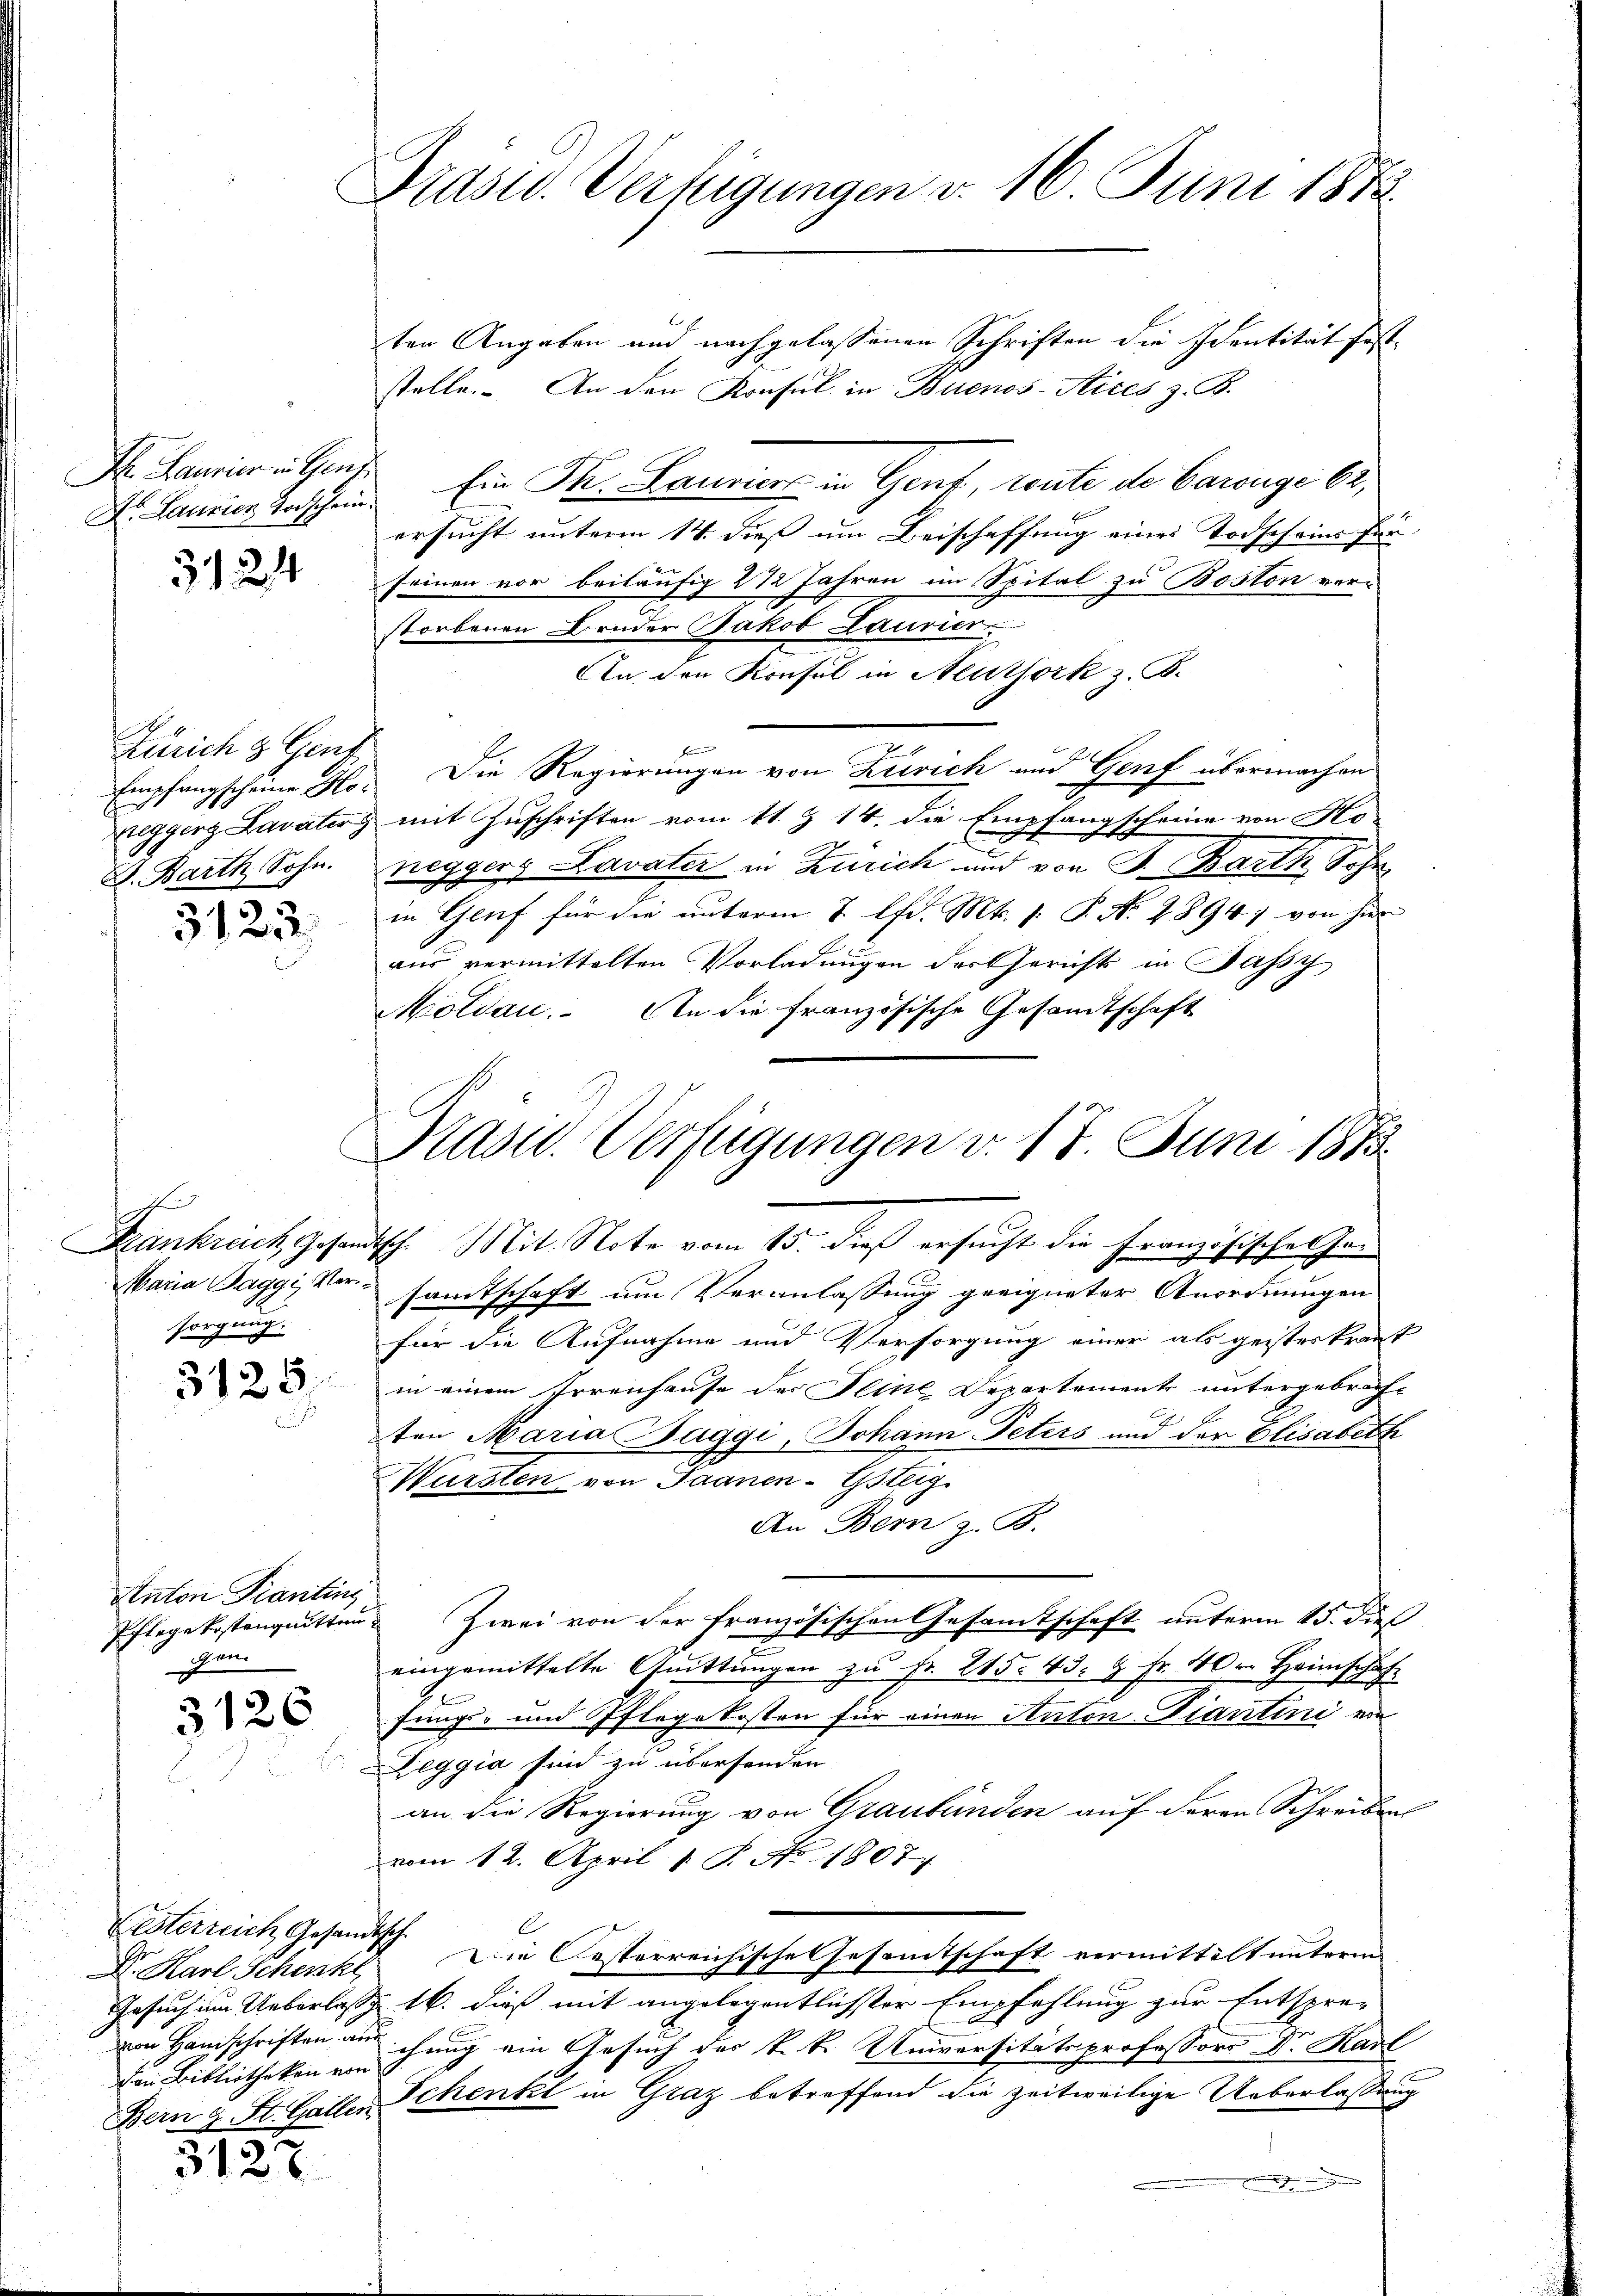
Ih. Laurier in Genf
Dr. Laurier Vorschein.

324

Zürich 3 Gent
Empfangscheine Ho¬
Zegger Lavater g

3122.

sorgung.

3125.

Anton Fianting
gen.

3126

Lesterreich Gesandtsch.
Dr. Karl, Schenkt,
von Bibliotheken von

3127

Präsid. Verfügungen d. 16. Juni 1872.

ten Angaben und nachgelassenen Schriften die Identität feststelle. An den Konsul in Buenos-Aires z. B.
Ein Th. Laurices in Gent, toute de Carouge 62,
ersucht unterm 14. dieß um Beischaffung eines Todscheine Per-
seinen vor beiläufig 2 1/2 Jahren im Spital zu Boston ver-
storbenen Bruder Jakob Laurier
An den Konsul in Meuthork z. B.
Fe
Die Regierungen von Zusich und Genf übermachen
mit Zuschriften vom 11. Z. 14. die Empfangscheine von Ho
D. Barth Sohn. neggers Lavater in Zürich und von J. Barth Schn
in Genf für die unterm 7. d. Mts. s. P. N. 2894, von hier
aus vermittelten Vorladungen der Gerichts in Jassy
Moldau. An die französische Gesamtschaft

Präsid.. Verfügungen v. 18. Juni 1883.

Frankreich Gesandtsch. Mit Note vom 15. dieß ersucht die Französisches Jo¬
Maria Paggi, versandtschaft um Veranlassung geeigneter Anordnungen
für die Aufnahme und Versorgung einer als geisteskrant
in einem Irrenhause der Feine Departements untergebrachten Maria Baggi, Johann Peters und der Elisabeth
Würsten von Saanen-Gsteig
An Bern z. B.
Pflegekostenguitten Zwei von der Französischen Gesamtschaft unterm 15. dieß
eingemittelte Quittungen zu Fr. 215. 43. 9 Fr. 40. Heimschaf
fungs- und Pflegekosten für einen Anton-Tiantini ein
Zeggia sind zu übersenden
an die Regierung von Graubünden auf deren Schreiben
vom 12. April 18. No 1807
Die Oesterreichische Gesamtschaft vermittelt unterm
Gesuch um Ueberlasse 16. dieß mit angelegentlichster Empfehlung zur Entsprevon Handschriften am schung ein Gesuch des k. k. Universitätsprofessors Dr. Karl
Bern u. St. Galler Schenkt in Graz betreffend die zeitweilige Ueberlassung